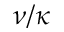
\nu / \kappa